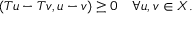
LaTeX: ( T u - T v , u - v ) \geq 0 \quad \forall u , v \in X .